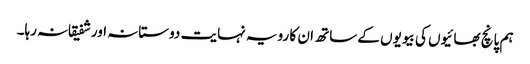
ہم پانچ بھائیوں کی بیویوں کے ساتھ ان کا رویہ نہایت دوستانہ اور شفیقانہ رہا۔